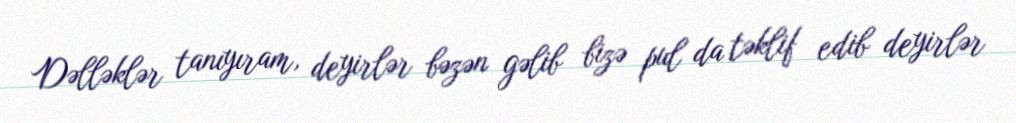
Dəlləklər tanıyıram, deyirlər bəzən gəlib bizə pul da təklif edib deyirlər